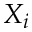
X _ { i }